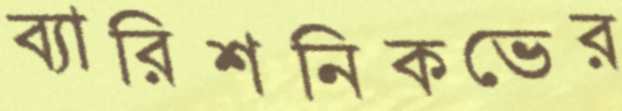
ব্যারিশনিকভের